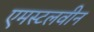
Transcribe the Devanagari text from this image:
एमस्टलवीन